Report of the Indian Hemp Drugs Commission, 1894-1895 - Volume V
Year: 1894
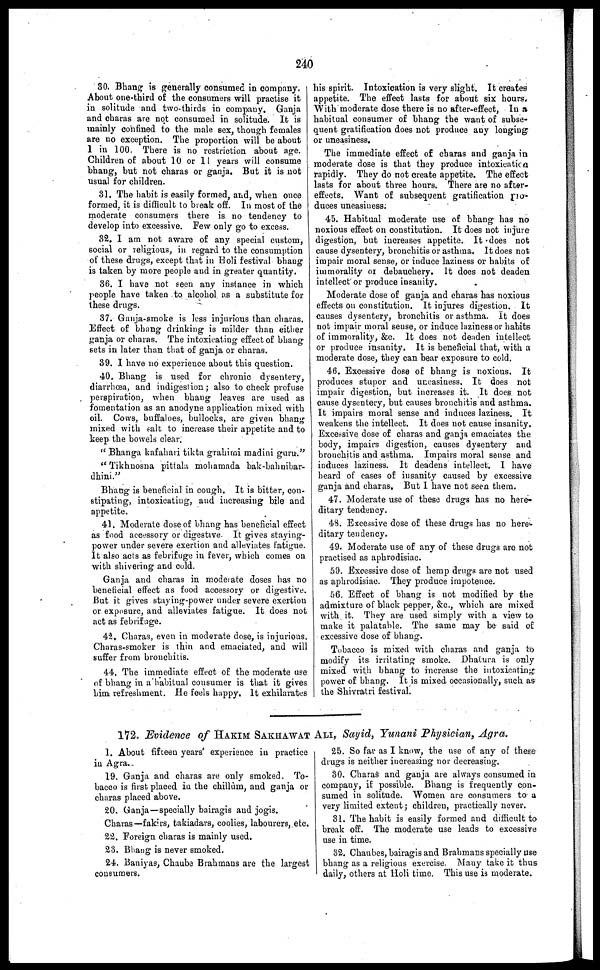
240
30. Bhang is generally consumed in company.
About one-third of the consumers will practise it
in solitude and two-thirds in company. Ganja
and charas are not consumed in solitude. It is
mainly confined to the male sex, though females
are no exception. The proportion will be about
1 in 100. There is no restriction about age.
Children of about 10 or 11 years will consume
bhang, but not charas or ganja. But it is not
usual for children.
31. The habit is easily formed, and, when once
formed, it is difficult to break off. In most of the
moderate consumers there is no tendency to
develop into excessive. Few only go to excess.
32. 1 am not aware of any special custom,
social or religious, in regard to the consumption
of these drugs, except that in Holi festival bhang
is taken by more people and in greater quantity.
36. I have not seen any instance in which
people have taken to alcohol as a substitute for
these drugs.
37. Ganja-smoke is less injurious than charas.
Effect of bhang drinking is milder than either
ganja or charas. The intoxicating effect of bhang
sets in later than that of ganja or charas.
39. I have no experience about this question.
40. Bhang is used for chronic dysentery,
diarrhoea, and indigestion; also to check profuse
perspiration, when bhang leaves are used as
fomentation as an anodyne application mixed with
oil. Cows, buffaloes, bullocks, are given bhang
mixed with salt to increase their appetite and to
keep the bowels clear.
"Bhanga kafahari tikta grahimi madini guru."
"Tikhuosna pittala mohamada bak-bahnibar-
dhini."
Bhang is beneficial in cough. It is bitter, con-
stipating, intoxicating, and increasing bile and
appetite.
41. Moderate dose of bhang has beneficial effect
as food accessory or digestive. It gives staying-
power under severe exertion and alleviates fatigue.
It also acts as febrifuge in fever, which comes on
with shivering and cold.
Ganja and charas in moderate doses has no
beneficial effect as food accessory or digestive.
But it gives staying-power under severe exertion
or exposure, and alleviates fatigue. It does not
act as febrifuge.
42. Charas, even in moderate dose, is injurious.
Charas-smoker is thin and emaciated, and will
suffer from bronchitis.
44. The immediate effect of the moderate use
of bhang in a habitual consumer is that it gives
him refreshment. He feels happy. It exhilarates
his spirit. Intoxication is very slight. It creates
appetite. The effect lasts for about six hours.
With moderate dose there is no after-effect, In a
habitual consumer of bhang the want of subse-
quent gratification does not produce any longing
or uneasiness.
The immediate effect of charas and ganja in
moderate dose is that they produce intoxicatica
rapidly. They do not create appetite. The effect
lasts for about three hours. There are no after-
effects. Want of subsequent gratification pro-
duces uneasiness.
45. Habitual moderate use of bhang has no
noxious effect on constitution. It does not injure
digestion, but increases appetite. It does not
cause dysentery, bronchitis or asthma. It does not
impair moral sense, or induce laziness or habits of
immorality or debauchery. It does not deaden
intellect or produce insanity.
Moderate dose of ganja and charas has noxious
effects on constitution. It injures digestion. It
causes dysentery, bronchitis or asthma. It does
not impair moral sense, or induce laziness or habits
of immorality, &c. It does not deaden intellect
or produce insanity. It is beneficial that, with a
moderate dose, they can bear exposure to cold.
46. Excessive dose of bhang is noxious. It
produces stupor and uneasiness. It does not
impair digestion, but increases it. It does not
cause dysentery, but causes bronchitis and asthma.
It impairs moral sense and induces laziness. It
weakens the intellect. It does not cause insanity.
Excessive dose of charas and ganja emaciates the
body, impairs digestion, causes dysentery and
bronchitis and asthma. Impairs moral sense and
induces laziness. It deadens intellect. I have
heard of cases of insanity caused by excessive
ganja and charas. But I have not seen them.
47. Moderate use of these drugs has no here-
ditary tendency.
48. Excessive dose of these drugs has no here-
ditary tendency.
49. Moderate use of any of these drugs arc not
practised as aphrodisiac.
50. Excessive dose of hemp drugs are not used
as aphrodisiac. They produce impotence.
56. Effect of bhang is not modified by the
admixture of black pepper, &c., which are mixed
with it. They are used simply with a view to
make it palatable. The same may be said of
excessive dose of bhang.
Tobacco is mixed with charas and ganja to
modify its irritating smoke. Dhaiura is only
mixed with bhang to increase the intoxicating
power of bhang. It is mixed occasionally, such as
the Shivratri festival.
172. Evidence of HAKIM SAKHAWAT ALI, Sayid, Yunani Physician, Agra.
1. About fifteen years' experience in practice
in Agra.
19. Ganja and charas are only smoked. To-
bacco is first placed in the chillum, and ganja or
charas placed above.
20. Ganja—specially bairagis and jogis.
Charas—fakirs, takiadars, coolies, labourers, etc.
22. Foreign charas is mainly used,
23. Bhang is never smoked.
24. Baniyas, Chaube Brahmans are the largest
consumers.
25. So far as I know, the use of any of these
drugs is neither increasing nor decreasing.
30. Charas and ganja are always consumed in
company, if possible. Bhang is frequently con-
sumed in solitude. Women are consumers to a
very limited extent ; children, practically never.
31. The habit is easily formed and difficult to
break off. The moderate use leads to excessive
use in time.
32. Chaubes, bairagis and Brahmans specially use
bhang as a religious exercise. Many take it thus
daily, others at Holi time. This use is moderate.